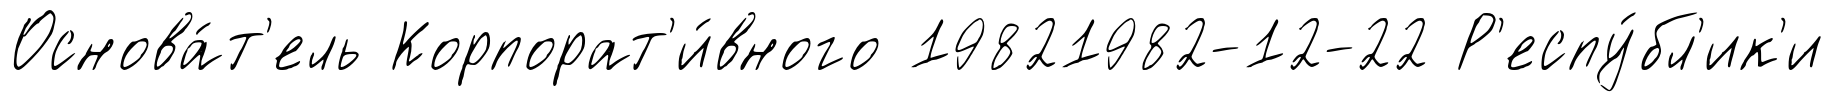
Основа́т'ель Корпорат'и́вного 19821982-12-22 Р'еспу́бл'ик'и